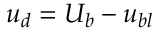
u _ { d } = U _ { b } - u _ { b l }